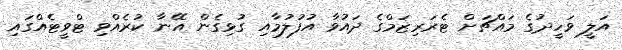
އަލީ ވަހީދުގެ މައްޗަށް ޓެރަރިޒަމްގެ ދައުވާ އުފުލުމާއި ގުޅިގެން އޭނާ ކުރެއްވި ޓްވީޓެއްގައި